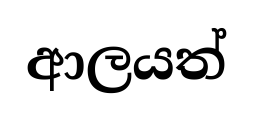
ආලයත්